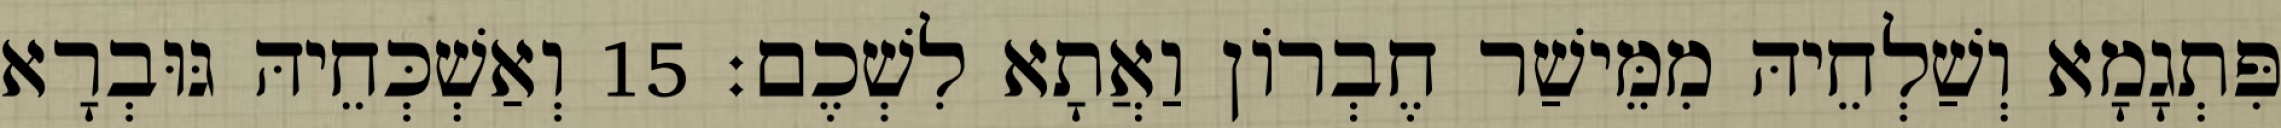
פִּתְגָמָא וְשַׁלְחֵיהּ מִמֵּישַׁר חֶבְרוֹן וַאֲתָא לִשְׁכֶם׃ 15 וְאַשְׁכְּחֵיהּ גּוּבְרָא